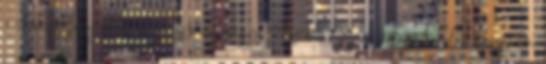
↑ Forrás: Jegyzőkönyv. Veszprém megye 03.számú egyéni választókerület Veszprém